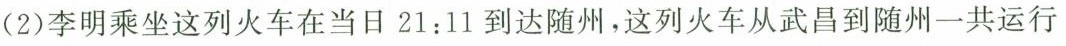
(2)李明乘坐这列火车在当日21:11到达随州，这列火车从武昌到随州一共运行